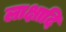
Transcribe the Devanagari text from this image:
लाक्षादि